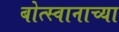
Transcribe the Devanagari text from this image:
बोत्स्वानाच्या